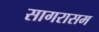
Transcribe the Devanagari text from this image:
सागरासम